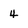
Character: 4